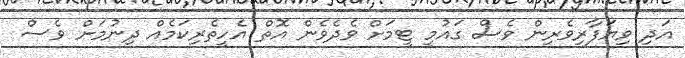
އަދި ވިޔަފާރިވެރިން ވެސް ގައުމީ ޓީމަށް ވެދެވެން އޮތް އެހީތެރިކަމެއް ދިނުމަށް ވެސް